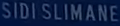
SIDI-SLIMANE